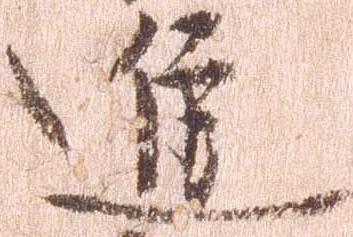
進